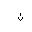
Letter: _non